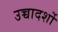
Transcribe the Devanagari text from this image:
उच्चादर्शो